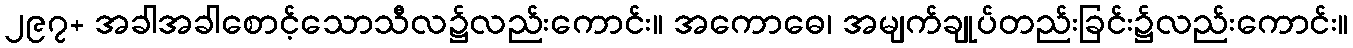
၂၉၇+ အခါအခါစောင့်သောသီလ၌လည်းကောင်း။ အကောဓေ၊ အမျက်ချုပ်တည်းခြင်း၌လည်းကောင်း။